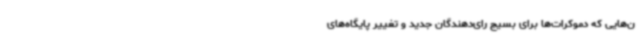
ن‌هایی که دموکرات‌ها برای بسیج رای‌دهندگان جدید و تغییر پایگاه‌های